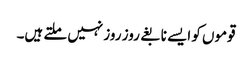
قوموں کو ایسے نابغے روز روز نہیں ملتے ہیں۔